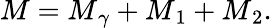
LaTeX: {\mathbf\cal M}={\mathbf\cal M}_{\gamma}+{\mathbf\cal M}_{1}+{\mathbf\cal M}_{2}.